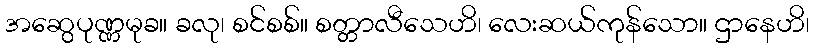
အဆွေပုဏ္ဏမုခ။ ခလု၊ စင်စစ်။ စတ္တာလီသေဟိ၊ လေးဆယ်ကုန်သော။ ဌာနေဟိ၊